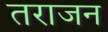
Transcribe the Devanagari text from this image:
तराजन